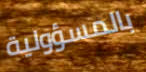
بالمسؤولية